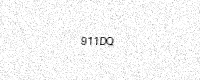
Text: 911DQ